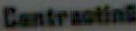
Contracting